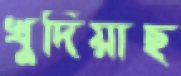
খুদিয়াছ